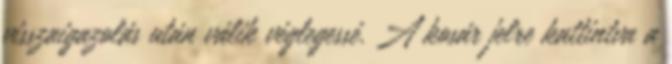
visszaigazolás után válik véglegessé. A kosár jelre kattintva a